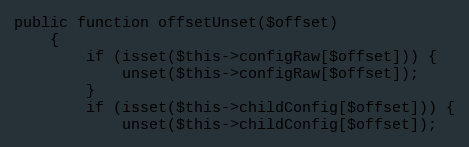
Language: PHP
public function offsetUnset($offset)
    {
        if (isset($this->configRaw[$offset])) {
            unset($this->configRaw[$offset]);
        }
        if (isset($this->childConfig[$offset])) {
            unset($this->childConfig[$offset]);